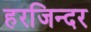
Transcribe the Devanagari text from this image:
हरजिन्दर